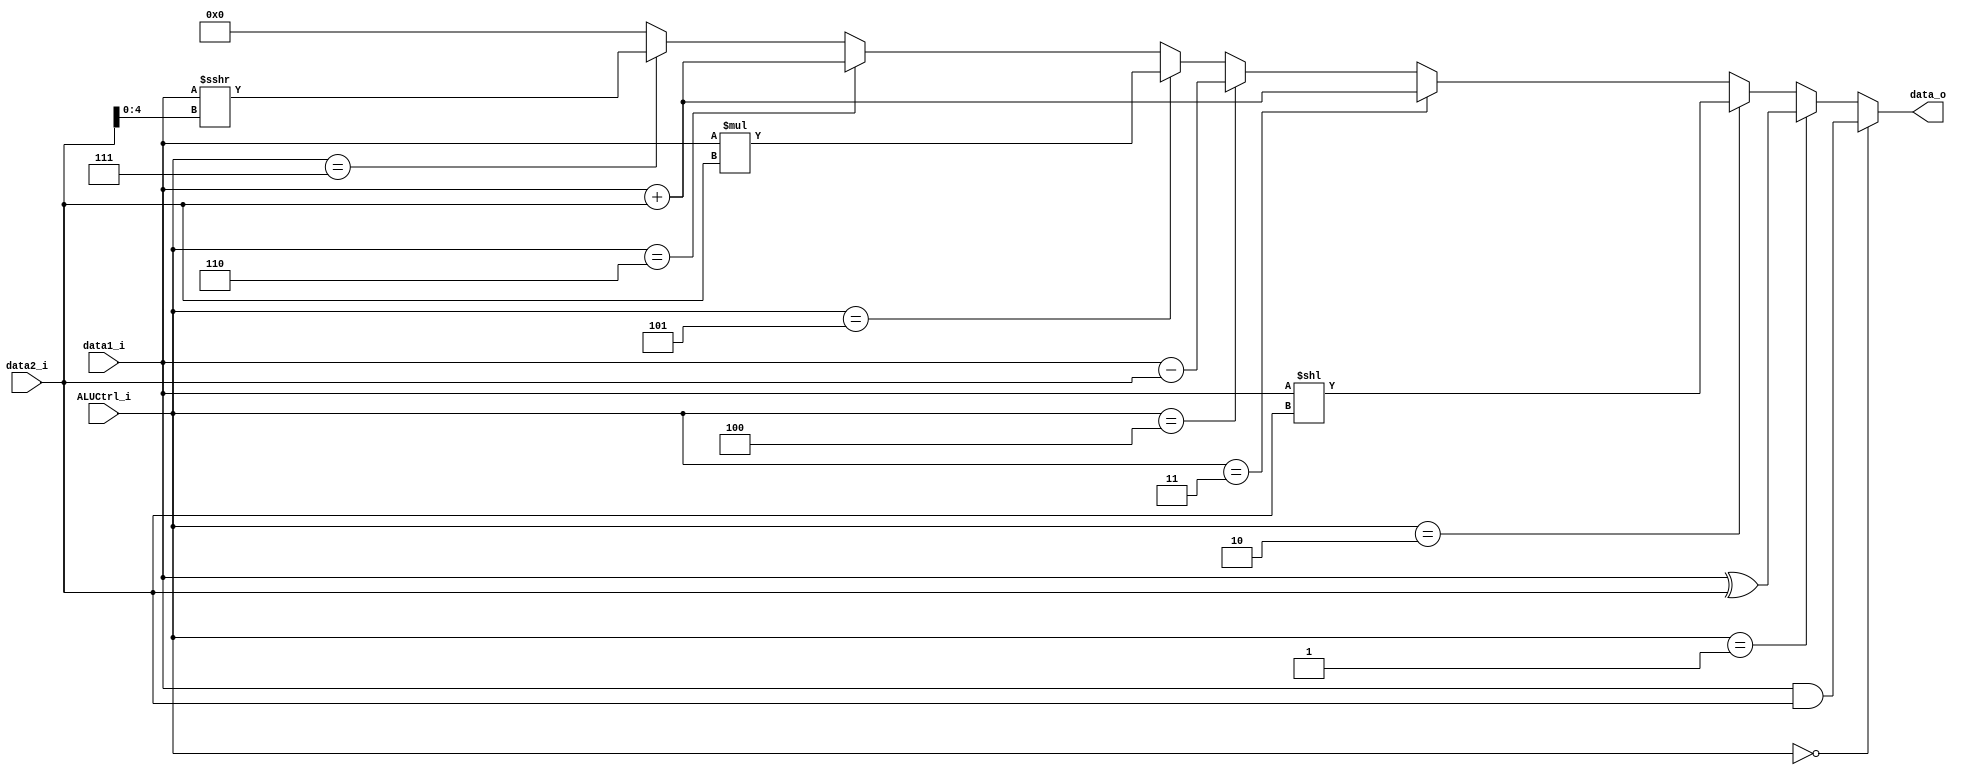
`define  AND 3'b000
`define  XOR 3'b001
`define  SLL 3'b010
`define  ADD 3'b011
`define  SUB 3'b100
`define  MUL 3'b101
`define  ADDI 3'b110
`define  SRAI 3'b111

module ALU
(
    data1_i,
    data2_i,
    ALUCtrl_i,
    data_o,
);

// Ports
input   signed  [31:0]  data1_i;
input   signed  [31:0]  data2_i;
input   [2:0]           ALUCtrl_i;
output  signed  [31:0]  data_o;

assign data_o = (ALUCtrl_i == `AND) ? data1_i &   data2_i: // and
                (ALUCtrl_i == `XOR) ? data1_i ^   data2_i: // xor
                (ALUCtrl_i == `SLL) ? data1_i <<  data2_i: // sll
                (ALUCtrl_i == `ADD) ? data1_i +   data2_i: // add
                (ALUCtrl_i == `SUB) ? data1_i -   data2_i: // sub
                (ALUCtrl_i == `MUL) ? data1_i *   data2_i: // mul
                (ALUCtrl_i == `ADDI) ? data1_i +   data2_i: // addi
                (ALUCtrl_i == `SRAI) ? data1_i >>> data2_i[4:0]: // sra
                32'b0;

endmodule